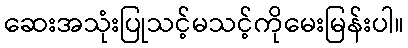
ဆေးအသုံးပြုသင့်မသင့်ကိုမေးမြန်းပါ။